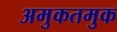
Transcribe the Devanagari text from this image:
अमुकतमुक